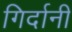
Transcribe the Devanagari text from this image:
गिर्दानी